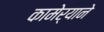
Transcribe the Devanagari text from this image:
कामेर्‍याने